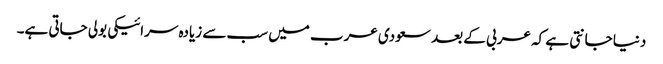
دنیا جانتی ہے کہ عربی کے بعد سعودی عرب میں سب سے زیادہ سرائیکی بولی جاتی ہے۔